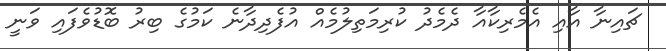
ޗައިނާ އާއި އެމެރިކާއާ ދެމެދު ކުރިމަތިލުމެއް އުފެދިދާނެ ކަމުގެ ބިރު ބޮޑުވެފައި ވަނީ